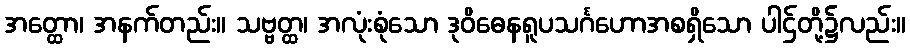
အတ္ထော၊ အနက်တည်း။ သဗ္ဗတ္ထ၊ အလုံးစုံသော ဒုဝိဓေနရူပသင်္ဂဟောအစရှိသော ပါဌ်တို့၌လည်း။